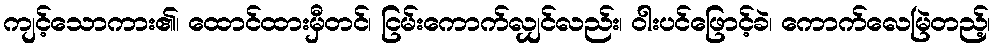
ကျင့်သောကား၏၊ ထောင်ထားမှီတင်၊ ငြမ်းကောက်လျှင်လည်း၊ ဝါးပင်ဖြောင့်ခဲ၊ ကောက်လေမြဲတည့်၊